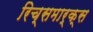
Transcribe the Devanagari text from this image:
रिच्समार्क्स